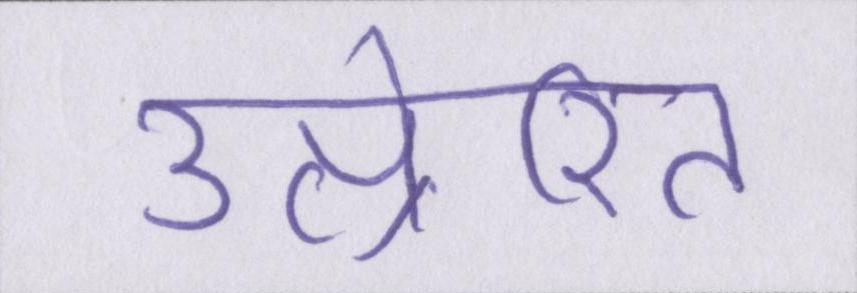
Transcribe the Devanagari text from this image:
उत्प्रेरित